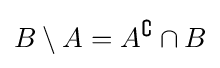
B\setminus A=A^{\complement }\cap B